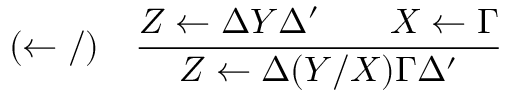
( \leftarrow / ) \quad { \frac { Z \leftarrow \Delta Y \Delta ^ { \prime } \qquad X \leftarrow \Gamma } { Z \leftarrow \Delta ( Y / X ) \Gamma \Delta ^ { \prime } } }